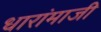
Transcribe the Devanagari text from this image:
धारांमाजी